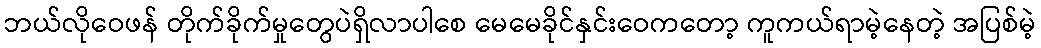
ဘယ်လိုဝေဖန် တိုက်ခိုက်မှုတွေပဲရှိလာပါစေ မေမေခိုင်နှင်းဝေကတော့ ကူကယ်ရာမဲ့နေတဲ့ အပြစ်မဲ့